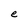
Character: e